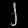
Digit: ၂